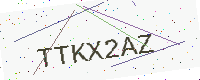
Text: TTKX2AZ